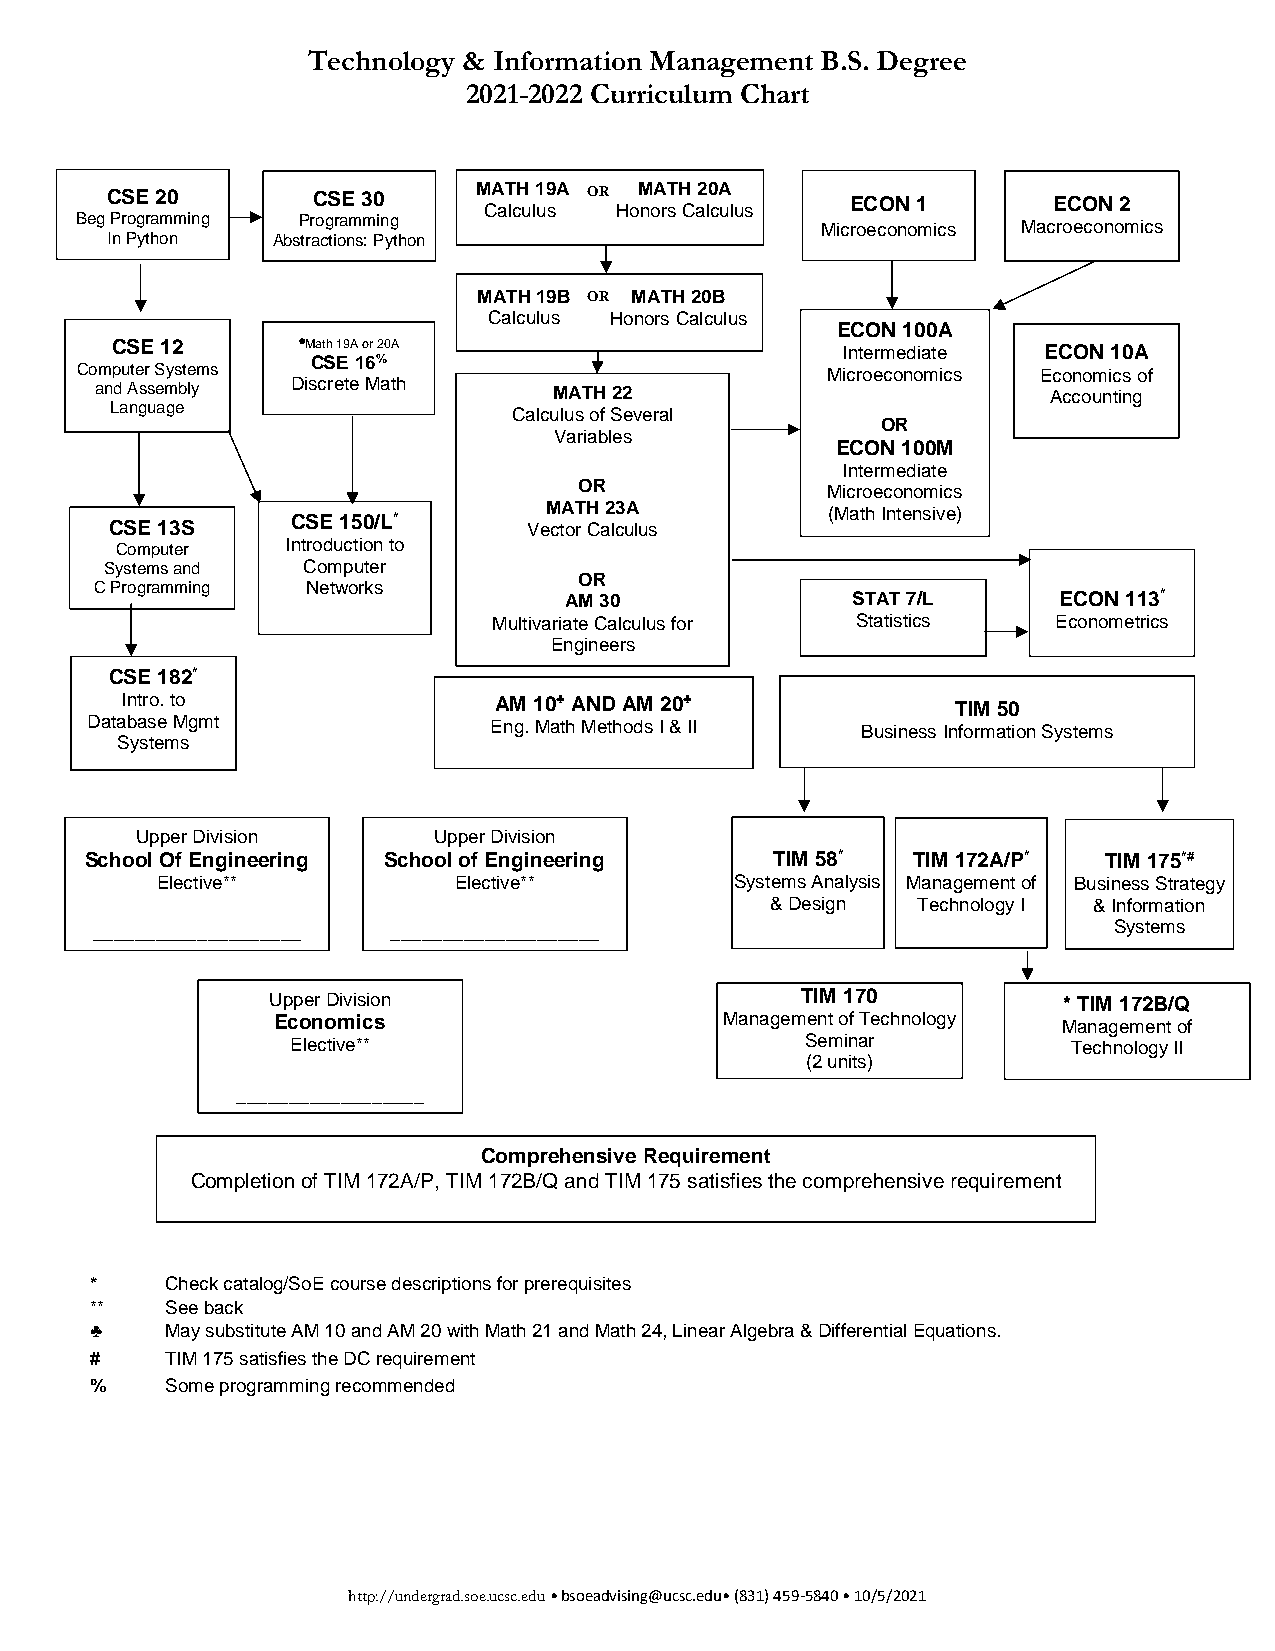
Technology & Information Management B.S. Degree
 2021-2022 Curriculum Chart
 Beg
 C
 IP nr
 S PoE
 g yr
 t
 ha2 om0
 nm ing AbsP trr
 aC
 o
 cgS
 tir
 oaE
 nm
 s3
 m
 :
 0
 Pin
 y
 g
 th on
 M CA aT lcH
 u
 l1 u9
 s
 A OR HoM noA rT
 s
 H
 C
 a2 l0 cA
 ul u s
 MicE roC ecO oN
 no
 1
 m ics
 MacE roC eO coN
 n
 o2
 m ics
 MATH 19B OR MATH 20B
 Calculus Honors Calculus
 ECON 100A
 CSE 12       •Math 19A or 20 A                   Intermediate ECON 10A
 Co am
 n
 Lp
 d
 au
 A
 nte gsr
 s
 u
 S
 e am
 gys ebt e lym s DisC cS reE
 te
 1 M6%
 ath         MATH 22
 Microeco nomics E Aco ccn oo um ni tc ins go f
 Calcu Vlu as
 ri
 ao bf lS ee
 s
 v eral
 ECOO NR
 1 00M
 Intermediate
 OR               Microeconomics
 CSE 13S     CSE 150/L*      VeM ctA oT r H C a2 lc3 uA lu s (Math In tensive)
 Computer   Introduction to
 CS Py rs ot gem ras
 m
 a mn id
 n g
 C No em twp ou rt ke sr
 AMOR
 3 0             STAT 7/L      ECON 113*
 Multivariate Calculus for Statistics Econometrics
 Engineers
 CSE 182*
 Intro. to                AM 10♣ AND AM 20♣             TIM 50
 Database Mgmt             Eng. Math Methods I & II Business Information Systems
 Syst ems
 SchooU lp Ope fr ED niv gis ii no en
 ering
 SchoU op
 l
 p oe fr
 E
 D niv gis inio en
 e ring        TIM 58*  TIM 17 2A/P* TIM 175*#
 Elective**          Elective**         Systems Analysis Management of Business Strategy
 & Design  Technology I & Information
 ____________________ ____________________                           Systems
 Upper Division                     TIM 170          * TIM 172B/Q
 Economics                     Management of Technology Management of
 Elective**                        Seminar           Technology II
 (2 units)
 __________________
 Comprehensive Requirement
 Completion of TIM 172A/P, TIM 172B/Q and TIM 175 satisfies the comprehensive requirement
 *    Check catalog/SoE course descriptions for prerequisites
 **   See back
 ♣    May substitute AM 10 and AM 20 with Math 21 and Math 24, Linear Algebra & Differential Equations.
 #    TIM 175 satisfies the DC requirement
 %    Some programming recommended
 http://undergrad.soe.ucsc.edu • bsoeadvising@ucsc.edu• (831) 459-5840 • 10/5/2021